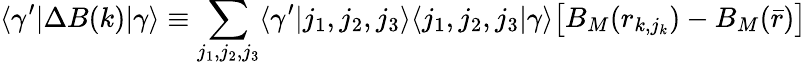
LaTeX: \langle\gamma^{\prime}|\Delta B(k)|\gamma\rangle\equiv\sum_{j_{1},j_{2},j_{3}}\langle\gamma^{\prime}|j_{1},j_{2},j_{3}\rangle\langle j_{1},j_{2},j_{3}|\gamma\rangle\big[B_{M}(r_{k,j_{k}})-B_{M}(\bar{r})\big]